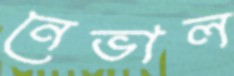
নেভাল